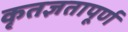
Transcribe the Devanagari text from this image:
कृतज्ञतापूर्ण